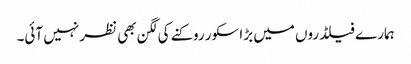
ہمارے فیلڈروں میں بڑا سکور روکنے کی لگن بھی نظر نہیں آئی۔